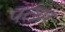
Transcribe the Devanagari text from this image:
पत्थ्रर